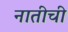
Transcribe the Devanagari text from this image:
नातीची